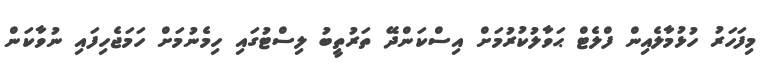
މިފަހަރު ހުޅުމާލެއިން ފްލެޓް ޙަވާލުކުރުމަށް އިސްކަންދޭ ތަރުތީބު ލިސްޓުގައި ހިމެނުމަށް ހަމަޖެހިފައި ނުވާކަން